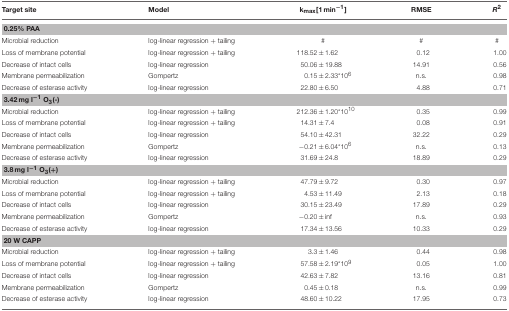
| Target site | Model | kmax[1 min−1] | RMSE | R2 |
 | --- | --- | --- | --- | --- |
 | <COLSPAN=5> 0.25% PAA |
 | Microbial reduction | log-linear regression + tailing | # | # | # |
 | Loss of membrane potential | log-linear regression + tailing | 118.52±1.62 | 0.12 | 1.00 |
 | Decrease of intact cells | log-linear regression | 50.06±19.88 | 14.91 | 0.56 |
 | Membrane permeabilization | Gompertz | 0.15±2.33*106 | n.s. | 0.98 |
 | Decrease of esterase activity | log-linear regression | 22.80±6.50 | 4.88 | 0.71 |
 | <COLSPAN=5> 3.42 mg l−1O3(-) |
 | Microbial reduction | log-linear regression + tailing | 212.36±1.20*1010 | 0.35 | 0.99 |
 | Loss of membrane potential | log-linear regression + tailing | 14.31±7.4 | 0.08 | 0.91 |
 | Decrease of intact cells | log-linear regression | 54.10±42.31 | 32.22 | 0.29 |
 | Membrane permeabilization | Gompertz | −0.21±6.04*106 | n.s. | 0.13 |
 | Decrease of esterase activity | log-linear regression | 31.69±24.8 | 18.89 | 0.29 |
 | <COLSPAN=5> 3.8 mg l−1 O3(+) |
 | Microbial reduction | log-linear regression + tailing | 47.79±9.72 | 0.30 | 0.97 |
 | Loss of membrane potential | log-linear regression + tailing | 4.53±11.49 | 2.13 | 0.18 |
 | Decrease of intact cells | log-linear regression | 30.15±23.49 | 17.89 | 0.29 |
 | Membrane permeabilization | Gompertz | −0.20± inf | n.s. | 0.93 |
 | Decrease of esterase activity | log-linear regression | 17.34±13.56 | 10.33 | 0.29 |
 | <COLSPAN=5> 20 W CAPP |
 | Microbial reduction | log-linear regression + tailing | 3.3±1.46 | 0.44 | 0.98 |
 | Loss of membrane potential | log-linear regression + tailing | 57.58±2.19*109 | 0.05 | 1.00 |
 | Decrease of intact cells | log-linear regression | 42.63±7.82 | 13.16 | 0.81 |
 | Membrane permeabilization | Gompertz | 0.45±0.18 | n.s. | 0.99 |
 | Decrease of esterase activity | log-linear regression | 48.60±10.22 | 17.95 | 0.73 |